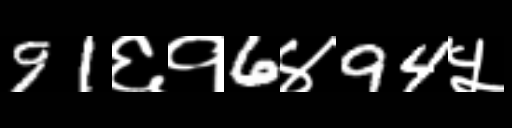
Text: 91६१6४94५